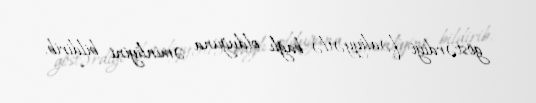
göstərdiyi fəaliyyətlə bağlı olduğuna əminliyini bildirib.